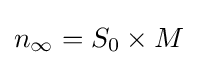
n_{\infty }=S_{0}\times M